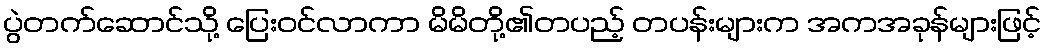
ပွဲတက်ဆောင်သို့ ပြေးဝင်လာကာ မိမိတို့၏တပည့် တပန်းများက အကအခုန်များဖြင့်